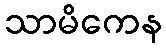
သာမိကေန